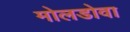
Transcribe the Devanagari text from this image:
मोलडोवा